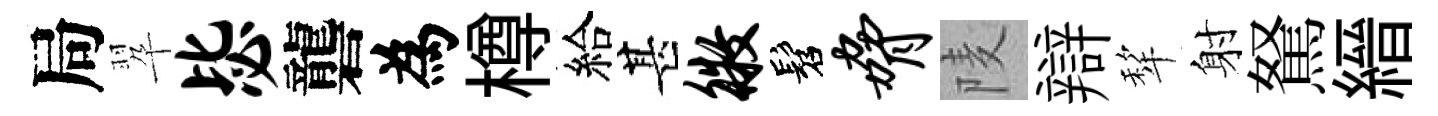
局翆毖礱為樽給甚徵髫胁𨹧辯犂射駑縉